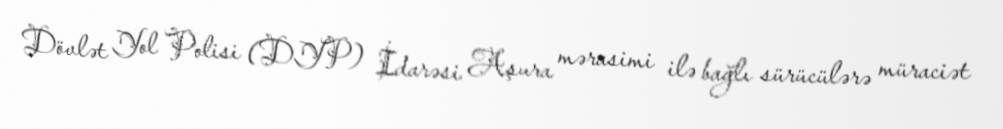
Dövlət Yol Polisi (DYP) İdarəsi Aşura mərasimi ilə bağlı sürücülərə müraciət